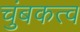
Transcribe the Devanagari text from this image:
चुंबकत्‍व